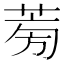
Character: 𦱘